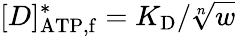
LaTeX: [D]_{\mathrm{ATP,f}}^{\ast}=K_{\mathrm{D}}/\sqrt[n]{w}